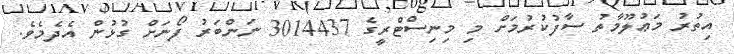
އިތުރު މަޢުލޫމާތު ސާފުކުރުމަށް މި މިނިސްޓްރީގެ 3014437 ނަންބަރު ފޯނަށް ގުޅުން އެދެމެވެ.